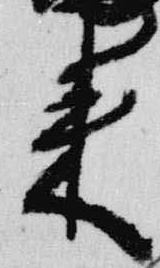
来